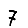
Digit: 7